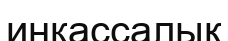
инкассалық